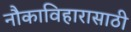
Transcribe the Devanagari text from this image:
नौकाविहारासाठी